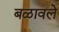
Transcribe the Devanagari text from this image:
बळावले